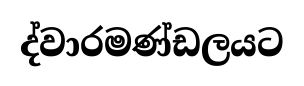
ද්වාරමණ්ඩලයට